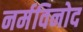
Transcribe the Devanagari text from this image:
नर्मविनोद